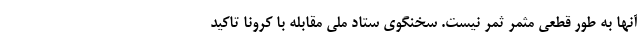
آنها به طور قطعی مثمر ثمر نیست‌. سخنگوی ستاد ملی مقابله با کرونا تاکید